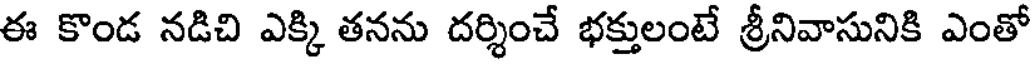
ఈ కొండ నడిచి ఎక్కి తనను దర్శించే భక్తులంటే శ్రీనివాసునికి ఎంతో